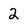
Character: 2